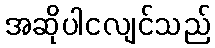
အဆိုပါငလျင်သည်